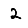
Digit: 2